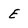
Character: E